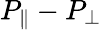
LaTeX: P_{\| }-P_{\perp}